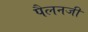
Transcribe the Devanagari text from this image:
पैलनजी